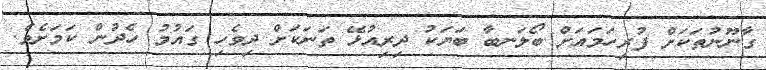
ގާނޫނުތަކަށް ފުރިހަމައަށް ބޯލަނބާ ބަޔަކު ދިރިއުޅޭ ތަނަކަށް ދިވެހި ގައުމު ހެދުން ކަމަށެވެ.